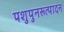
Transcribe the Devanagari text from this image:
पशुपुनरूत्पादन